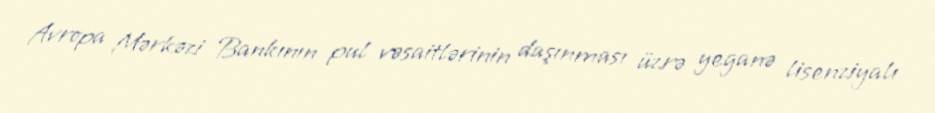
Avropa Mərkəzi Bankının pul vəsaitlərinin daşınması üzrə yeganə lisenziyalı